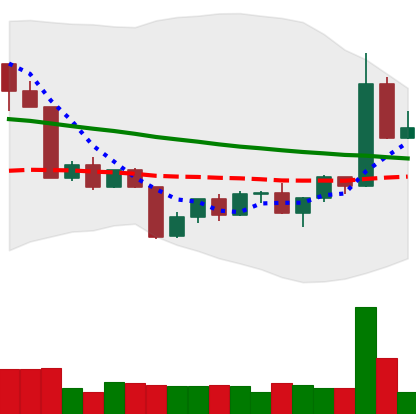
Ticker: TRX-USD
Chart end date: 2022-04-23
Forward return: -5.765%
Label: down_5_7